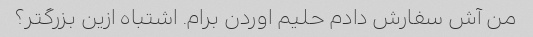
من آش سفارش دادم حلیم اوردن برام. اشتباه ازین بزرگتر؟